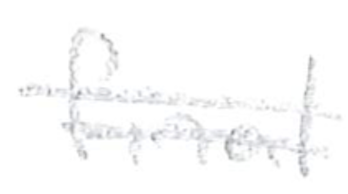
Text: final
Cross-out: double-line
Writing tool: pencil